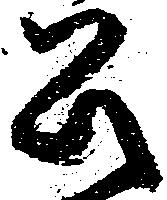
公